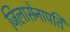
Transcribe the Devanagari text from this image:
जिलासेनापति